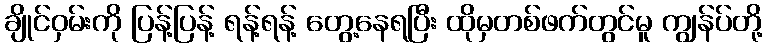
ချိုင်ဝှမ်းကို ပြန့်ပြန့် ရန့်ရန့် တွေ့နေရပြီး ထိုမှတစ်ဖက်တွင်မူ ကျွန်ပ်တို့